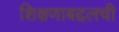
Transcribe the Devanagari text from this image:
शिक्षणाबद्दलची